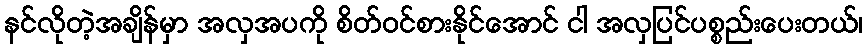
နင်လိုတဲ့အချိန်မှာ အလှအပကို စိတ်ဝင်စားနိုင်အောင် ငါ အလှပြင်ပစ္စည်းပေးတယ်၊